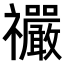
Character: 𫀤